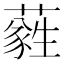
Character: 𦿮